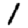
Digit: 1